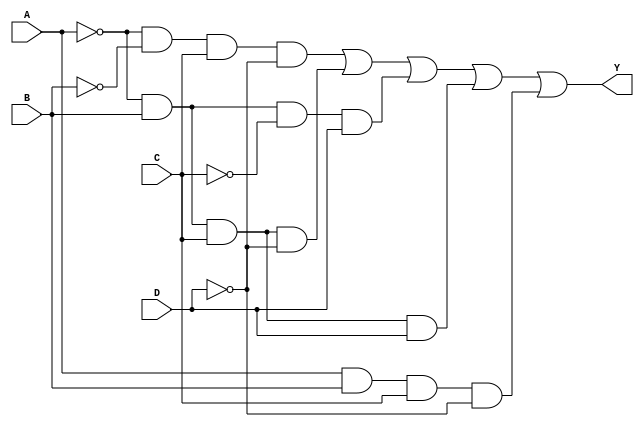
module four_variable_kmap (
    input wire A, // Input variable A
    input wire B, // Input variable B
    input wire C, // Input variable C
    input wire D, // Input variable D
    output wire Y // Output variable Y
);

// K-map logic based on the specified minterms
// Example minterms: 1, 3, 5, 7, 13
assign Y = ( ~A & ~B &  C & ~D) | // minterm 1
           ( ~A &  B &  C & ~D) | // minterm 3
           ( ~A &  B & ~C &  D) | // minterm 5
           ( ~A &  B &  C &  D) | // minterm 7
           ( A &  B &  C & ~D);   // minterm 13

endmodule